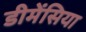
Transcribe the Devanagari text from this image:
डीमेंसिया